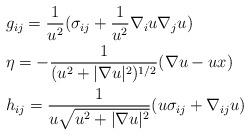
LaTeX: \begin{align*}& g_{ij}=\frac{1}{u^2}(\sigma_{ij}+\frac{1}{u^2}\nabla_iu\nabla_j u) \\& \eta=-\frac{1}{(u^2+|\nabla u|^2)^{1/2}}(\nabla u-u x)\\& h_{ij}=\frac{1}{u\sqrt{u^2+|\nabla u|^2}}(u\sigma_{ij}+\nabla_{ij}u)\end{align*}